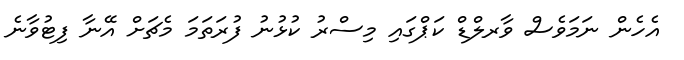
އެހެން ނަމަވެސް ވާރލްޑް ކަޕްގައި މިސްރު ކުޅުނު ފުރަތަމަ މެޗަށް އޭނާ ފިޓުވާނެ